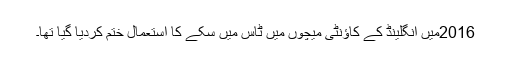
2016میں انگلینڈ کے کاؤنٹی میچوں میں ٹاس میں سکے کا استعمال ختم کردیا گیا تھا۔